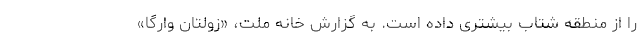
را از منطقه شتاب بیشتری داده است. به گزارش خانه ملت، «زولتان وارگا»